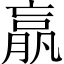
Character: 𣎆